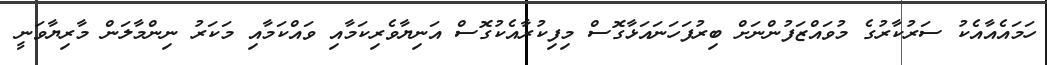
ހަމައެއާއެކު ސަރުކާރުގެ މުވައްޒަފުންނަށް ބިރުފަހަނައަޅާގޮސް މިފިކުރާއެކުގޮސް އަނިޔާވެރިކަމާއި ވައްކަމާއި މަކަރު ނިންމާލަން މާރިޔާވަނީ